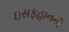
ઇસફહાનની